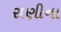
રાણીના